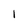
Character: I